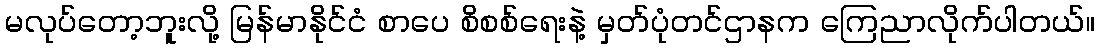
မလုပ်တော့ဘူးလို့ မြန်မာနိုင်ငံ စာပေ စိစစ်ရေးနဲ့ မှတ်ပုံတင်ဌာနက ကြေညာလိုက်ပါတယ်။